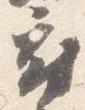
府